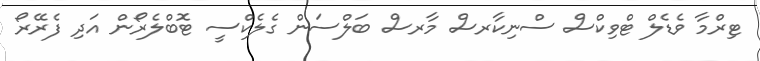
ޓިރްމާ ވެޑެލް ޓްވިކްސް ސްނިކާރސް މާރސް ބަލްސަން ގެލެކްސީ ޓޮބްލެރޯން އަދި ފެރޭރޯ